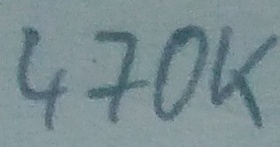
Text: 470K